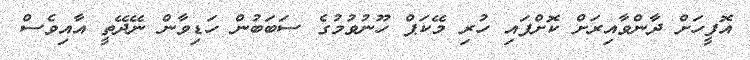
އޮފީހަށް ދާންވާއިރަށް ކޮށްފައި ހުރި މޭކަޕް ހޫނުވުމުގެ ސަބަބުން ހަޑިވާން ނޭދޭތީ އާއިވެސް